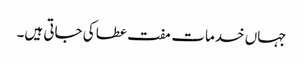
جہاں خدمات مفت عطا کی جاتی ہیں۔